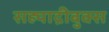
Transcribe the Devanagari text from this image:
सह्याद्रीबुक्स